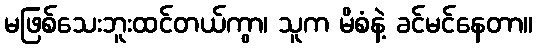
မဖြစ်သေးဘူးထင်တယ်ကွာ၊ သူက မိစံနဲ့ ခင်မင်နေတာ။